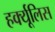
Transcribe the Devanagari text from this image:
हर्क्यूलिस